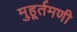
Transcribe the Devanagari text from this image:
मुहूर्तमणी